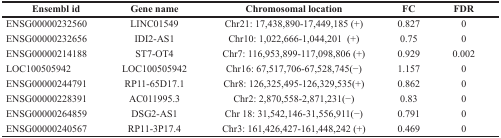
<table><thead><tr><td><b>Ensembl id</b></td><td><b>Gene name</b></td><td><b>Chromosomal location</b></td><td><b>FC</b></td><td><b>FDR</b></td></tr></thead><tbody><tr><td>ENSG00000232560</td><td>LINC01549</td><td>Chr21: 17,438,890-17,449,185 (+)</td><td>0.827</td><td>0</td></tr><tr><td>ENSG00000232656</td><td>IDI2-AS1</td><td>Chr10: 1,022,666-1,044,201 (+)</td><td>0.75</td><td>0</td></tr><tr><td>ENSG00000214188</td><td>ST7-OT4</td><td>Chr7: 116,953,899-117,098,806 (+)</td><td>0.929</td><td>0.002</td></tr><tr><td>LOC100505942</td><td>LOC100505942</td><td>Chr16: 67,517,706-67,528,745(−)</td><td>1.157</td><td>0</td></tr><tr><td>ENSG00000244791</td><td>RP11-65D17.1</td><td>Chr8: 126,325,495-126,329,535(+)</td><td>0.862</td><td>0</td></tr><tr><td>ENSG00000228391</td><td>AC011995.3</td><td>Chr2: 2,870,558-2,871,231(−)</td><td>0.83</td><td>0</td></tr><tr><td>ENSG00000264859</td><td>DSG2-AS1</td><td>Chr 18: 31,542,146-31,556,911(−)</td><td>0.791</td><td>0</td></tr><tr><td>ENSG00000240567</td><td>RP11-3P17.4</td><td>Chr3: 161,426,427-161,448,242 (+)</td><td>0.469</td><td>0</td></tr></tbody></table>